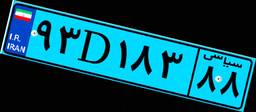
۹۳D۱۸۳۸۸